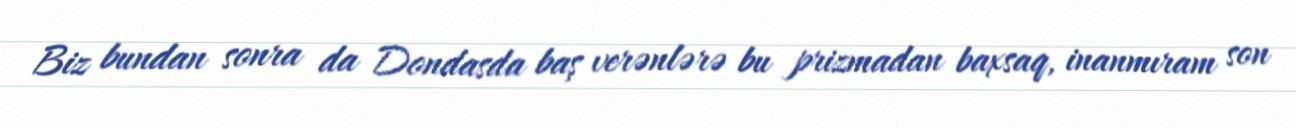
Biz bundan sonra da Dondasda baş verənlərə bu prizmadan baxsaq, inanmıram son